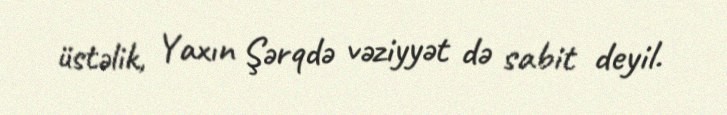
üstəlik, Yaxın Şərqdə vəziyyət də sabit deyil.